Report on horse surra - Volume I
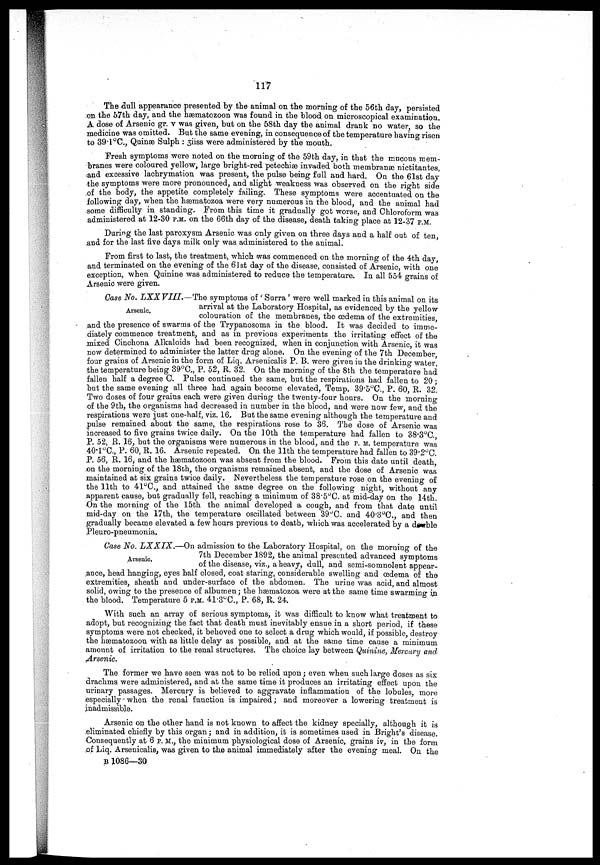
lxix
orange in colour, Sp. Gr. 1,014, alkaline, albumen 1/13th, few red blood corpuscles, but no
casts or crystals. Three grains of Arsenic were given during the twenty-four hours.
Temp. 5 P.M. 36.7°C. P. 64. R. 8.
3rd—It is difficult to say whether the animal continues to lose flesh as it is merely skin
and bone, but it is able to walk some fifty yards without any apparent exertion. The visible
mucous membranes retain the yellow tinge and the conjunctivæ are deeply petechiated.
The appetite however continues good, but the fæces are light in colour and some of the dung
balls are coated with mucus. Temp. A.M. 36.7°C. P. 64. R. 12. The hæmatozoon is
absent from the blood. Temp. 1 P.M. 36.8°C. Urine, turbid, orange in colour, Sp. Gr.
1,012, alkaline, contains albumen 1/10th, together with a few red blood corpuscles, but no
casts or crystals. Three grains of Arsenic were given this morning, but the dose has been in
creased to gr. iv this evening. Temp. 5 P.M. 37.4°C. P. 64. R. 12.
The animal fell at 12-30 A.M. and death took place at 9-30 A.M.
AUTOPSY.—M
11 A.M., January 4th, 1893.
The body is extremely emaciated. There is a complete absence of subcutaneous adipose
tissue and œdema from the extremities and under surface of the abdomen.
Thorax.—There
is no fluid in the pleural cavities and no pleuritic adhesions. Lungs, Right.—The anterior
half presents a light pink colour, dotted over with sub-pleural petechiæ, circular in form and
dark-purple in colour, varying in size from 1/12th to 1/6th of an inch in diameter. The apex
is the seat of a localized emphysema. The posterior half of the organ is of a dark-purple
colour, but it is difficult to make out any petechiæ on its surfaces.
On Section, the anterior
portion presents a perfectly healthy condition with the exception of the apex ; the posterior
portion, a dark red colour ; on pressure a large quantity of deeply blood-stained fluid mixed
with air exudes from the cut surfaces. Left. —The anterior lobe is the seat of a localized
emphysema. The inferior border encroaching on the tissues for a variable distance from
2 to 4 inches, presents a dark red colour and is the seat of consolidation. There is also a
small round patch in the centre of the superior surface of the organ which is dark red in
colour, and on manipulation is found to be solid and about the size of a Tangurene orange in
size. On section, the consolidated inferior border is found to be the seat of a lobular
pneumonia, whilst yellow, muco-purulent material exudes from the cut ends of the tubes.
The round consolidated patch contains an irregular shaped cyst which has thickened walls
of a greyish-green colour, but the cavity of which is empty. The posterior portion of the
organ presents a slight amount of œdema.
The cavity of the pericardium contains four ounces of a pale amber-coloured fluid.
Heart weighs 71bs. 7½ozs. Both sides are somewhat contracted. The base and the origins
of the great vessels are surrounded by a certain amount of amber-coloured exudation, which
is dotted over with a few sub-pericardial ecchymoses. The muscular structure of the organ
is however free from them. On section, the cavities contain a certain amount of dark
semi-solid blood-clots, but all of them are free from sub-endocardial extravasations. The
muscular wall of the right ventricle varies in thickness from 5/8th to 7/8th of an inch, that of the
left ventricle from 2" to 1.75" at its thickest part, to ½ inch at the apex. Abdominal cavity
contains six ounces of an amber-coloured fluid. Liver weighs 11 lbs. ll½ozs. It is nor
mal in size, but the anterior surface of the right lobe shows signs of old perihepatitis. On
section, the tissues present a dark red appearance but they appear healthy in structure.
Spleen weighs J lb. 9½ozs. It is normal in size and dotted over with bright red sub-capsular
petechiæ. On section, the tissues are firm and apparently healthy.
Kidneys.—Consider
ably enlarged. Bight wieghs. 2 lbs 8½ozs. Left 2 lbs. 9ozs. The capsules strip easily, and
reveal the presence of a large number of petechias, violet in colour, dotted over the whole
cortical surfaces of both organs, the intervening substances being of a greyish-brown colour.
On section, the cortical portion is found to present the same colour internally as externally
and the substance invaded by the same coloured petechiæ. The medullary portion presents
a healthy appearance. Stomach is distended with semi-digested food, externally presents
nothing for observation, but on manipulation, a hard lump is felt at the most dependent
portion nearer to the pyloric than to the cardiac end of the organ. On section, the
cuticular portion presents a healthy appearance. The mucous membrane of the villous.
portion also appears healthy, except for the presence at the fundus of a tumor due to the
"Spiroptera Megastoma" measuring 2⅛" × l 9/16" × 1" with one large hole of entrance on its
summit; a second tumour of smaller dimensions is situated laterally on the left wall
midway between the greater and lesser curvatures. On either side of the line of demarca
tion or crest which divides the coat of the stomach, a bright orange material is present.
This is only slightly visible on the cuticular surface, but extends as a continuous band
three inches wide on the villous surface of the mucous membrane. Small
Intestines.
There are several patches of congestion visible involving the sub-mucous layer, but no
ecchymoses. Peyer's patches however, especially those situated in the lower portion of the
Ileum, are œdematous and the tissues are therefore thickened, but there is no sign of inflam
mation or ulceration. Large Intestine.—With the exception of one patch 4" x 3" over which
the vessels present an aborescent appearance, there is nothing to note. Rectum presents a
healthy appearance. Not a single parasite was found in the intestinal tract.
Bladder contains forty-two ounces of a turbid, viscid fluid, orange in colour, Sp.
Gr. 1,013, acid in re-action. A few petechiæ are visible dotted over the under-surface
of the mucous membrane.
B 1086 -18 ap